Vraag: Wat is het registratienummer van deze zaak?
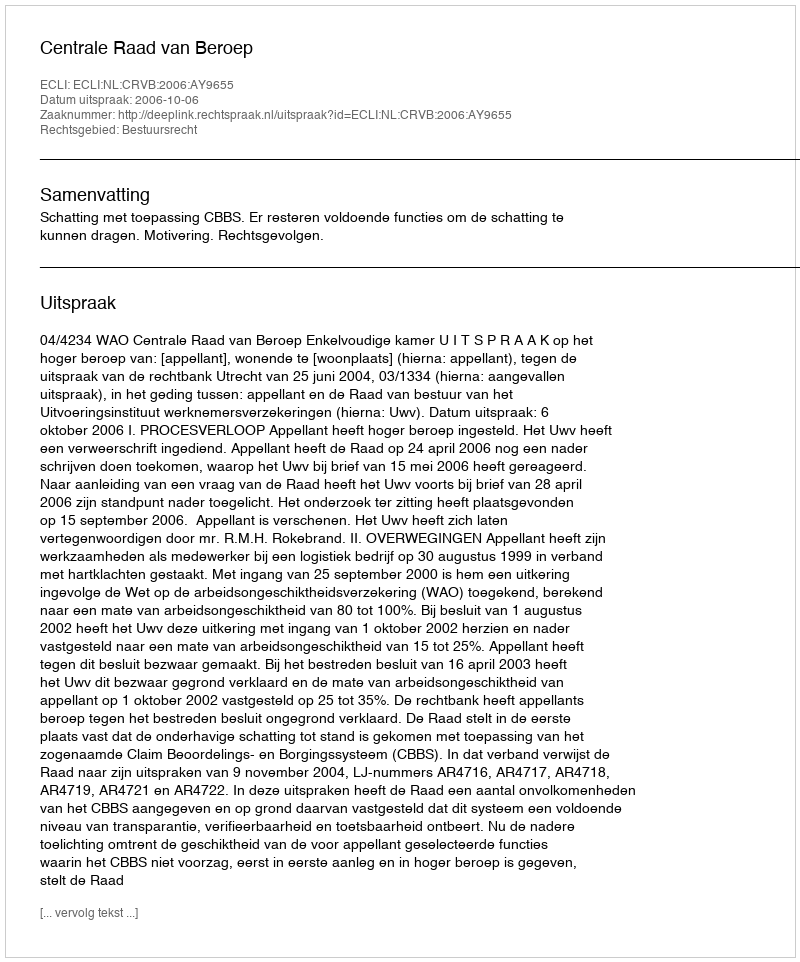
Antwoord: http://deeplink.rechtspraak.nl/uitspraak?id=ECLI:NL:CRVB:2006:AY9655